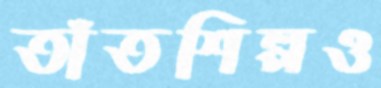
তাঁতশিল্পও